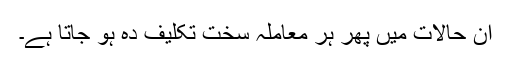
اِن حالات میں پھر ہر معاملہ سخت تکلیف دہ ہو جاتا ہے۔